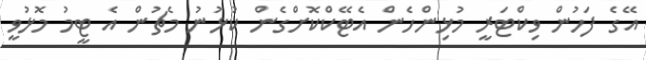
އޭގެ ފަހުން ވިކްޓަރީ މުޅިންހެން އެޓޭކްކޮށްގެން ކުޅުނު މެޗުން އެ ޓީމު މޮޅުވީ